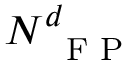
N _ { \mathrm { ~ \scriptsize ~ F ~ P ~ } } ^ { \boldsymbol d }